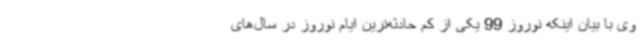
وی با بیان اینکه نوروز 99 یکی از کم حادثه‌ترین ایام نوروز در سال‌های